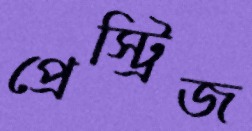
প্রেস্ট্রিজ